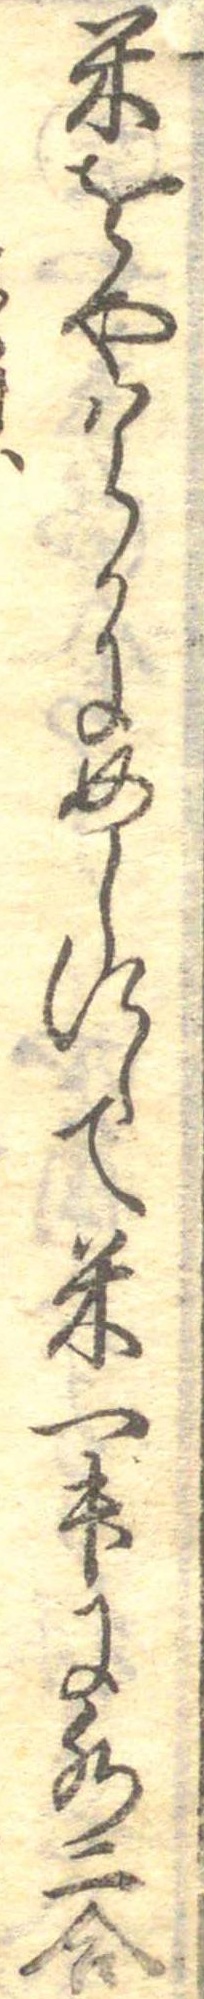
米をやはらかにめしにして米一升に水二合